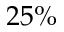
2 5 \%